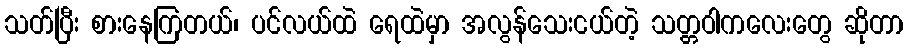
သတ်ပြီး စားနေကြတယ်၊ ပင်လယ်ထဲ ရေထဲမှာ အလွန်သေးငယ်တဲ့ သတ္တဝါကလေးတွေ ဆိုတာ